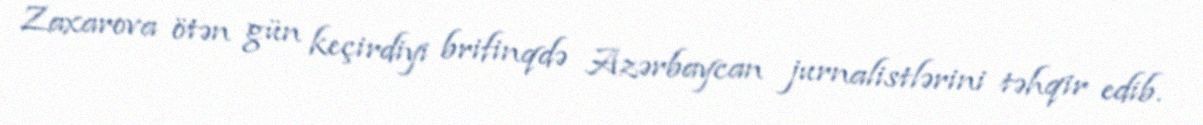
Zaxarova ötən gün keçirdiyi brifinqdə Azərbaycan jurnalistlərini təhqir edib.